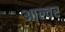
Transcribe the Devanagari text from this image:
आल्वर